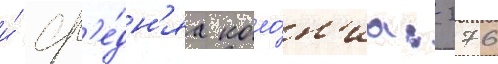
и́ ср'е́дн'яа коло́н'иа: 276